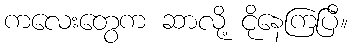
ကလေးတွေက ဆာလို့ ငိုနေကြပြီ။